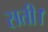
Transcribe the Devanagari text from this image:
सती।